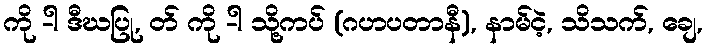
ကို -ါ ဒီဃပြု, တ် ကို -ါ သို့ကပ် (ဂဟပတာနီ), နာမ်ငဲ့, သိသက်, ချေ,